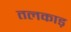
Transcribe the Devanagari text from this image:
तलकाड़